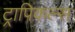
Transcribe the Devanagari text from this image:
ट्रापिकल्स